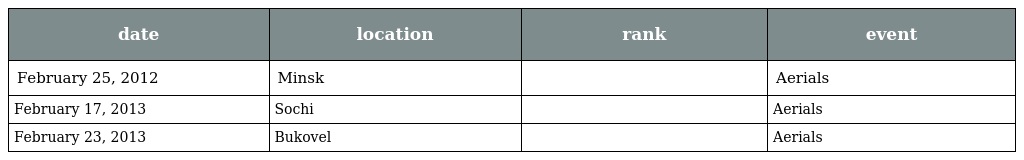
| date | location | rank | event |
 | --- | --- | --- | --- |
 | February 25, 2012 | Minsk |  | Aerials |
 | February 17, 2013 | Sochi |  | Aerials |
 | February 23, 2013 | Bukovel |  | Aerials |